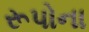
રૂપોના